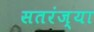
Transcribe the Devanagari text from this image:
सतरंज्या